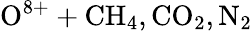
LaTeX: \mathrm{O^{8+}+CH_{4},CO_{2},N_{2}}